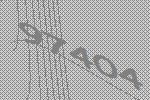
97404